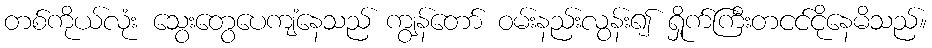
တစ်ကိုယ်လုံး သွေးတွေပေကျံနေသည် ကျွန်တော် ဝမ်းနည်းလွန်း၍ ရှိုက်ကြီးတငင်ငိုနေမိသည်။